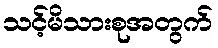
သင့်မိသားစုအတွက်